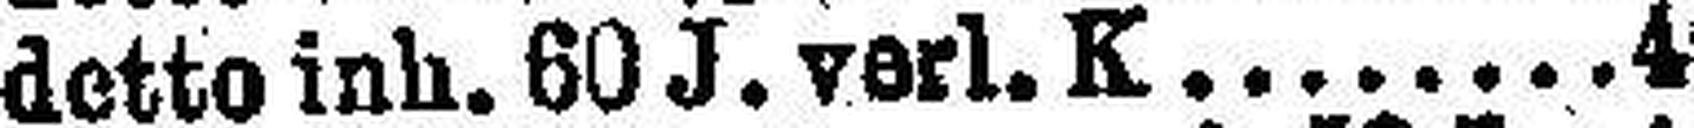
detto inh. 60 J. verl. K. 4